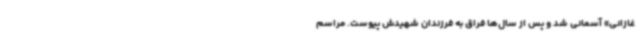
غازانی» آسمانی شد و پس از سال‌ها فراق به فرزندان شهیدش پیوست. مراسم